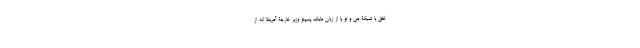
خلق یا شبکۀ من و تو یا از زبان مایک پمپئو وزیر خارجۀ آمریکا که از